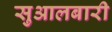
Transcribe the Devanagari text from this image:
सुआलबारी